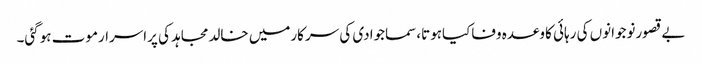
بے قصورنوجوانوں کی رہائی کاوعدہ وفاکیاہوتا،سماجوادی کی سرکارمیں خالدمجاہد کی پراسرارموت ہوگئی۔